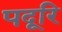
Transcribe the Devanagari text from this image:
पदूरि